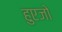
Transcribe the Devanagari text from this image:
हुएजो